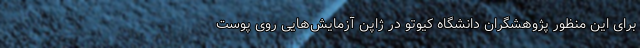
برای این منظور پژوهشگران دانشگاه کیوتو در ژاپن آزمایش‌هایی روی پوست